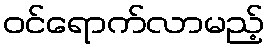
ဝင်ရောက်လာမည့်